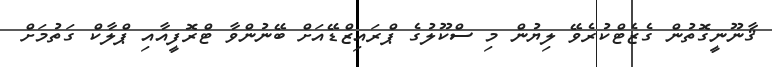
ޤާނޫނީގޮތުން ގެޒެޓްކުރެވޭ ލިޔުން މި ސްކޫލުގެ ޕްރައިޒްޑޭއަށް ބޭނުންވާ ޓްރޮފީއާއި ޕްލާކް ގަތުމަށް